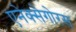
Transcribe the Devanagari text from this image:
एनेक्सेगोरस